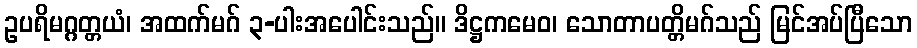
ဥပရိမဂ္ဂတ္တယံ၊ အထက်မဂ် ၃-ပါးအပေါင်းသည်။ ဒိဋ္ဌကမေဝ၊ သောတာပတ္တိမဂ်သည် မြင်အပ်ပြီသော